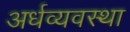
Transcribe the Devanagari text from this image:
अर्धव्यवस्था